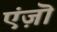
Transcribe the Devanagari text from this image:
एंज़ॊ